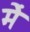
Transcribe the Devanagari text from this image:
मेेें